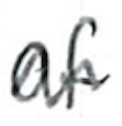
Text: of
Cross-out: wave
Writing tool: ballpoint